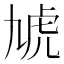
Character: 虓